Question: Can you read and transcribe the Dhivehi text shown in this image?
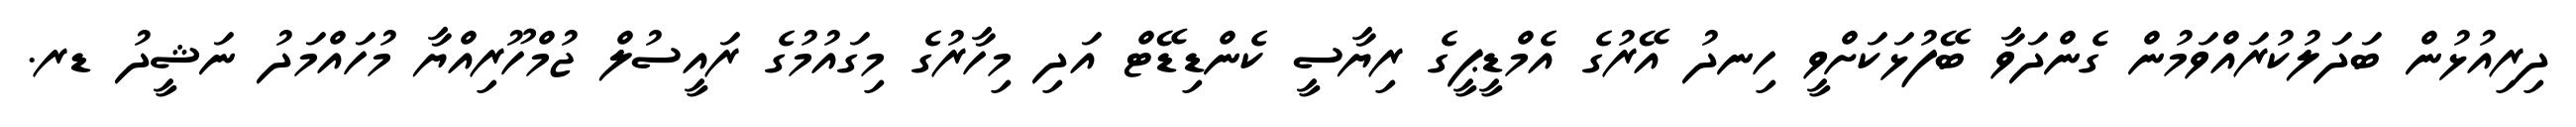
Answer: ދިރިއުޅުން ބަދަލުކުރައްވަމުން ގެންދަވާ ބޭފުޅަކަށްވީ ހިނދު އޭރުގެ އެމްޑީޕީގެ ރިޔާސީ ކެންޑިޑޭޓް އަދި މިހާރުގެ މިގައުމުގެ ރައީސުލް ޖުމްހޫރިއްޔާ މުހައްމަދު ނަޝީދު ޑރ.